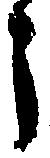
う